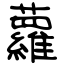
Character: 蘿